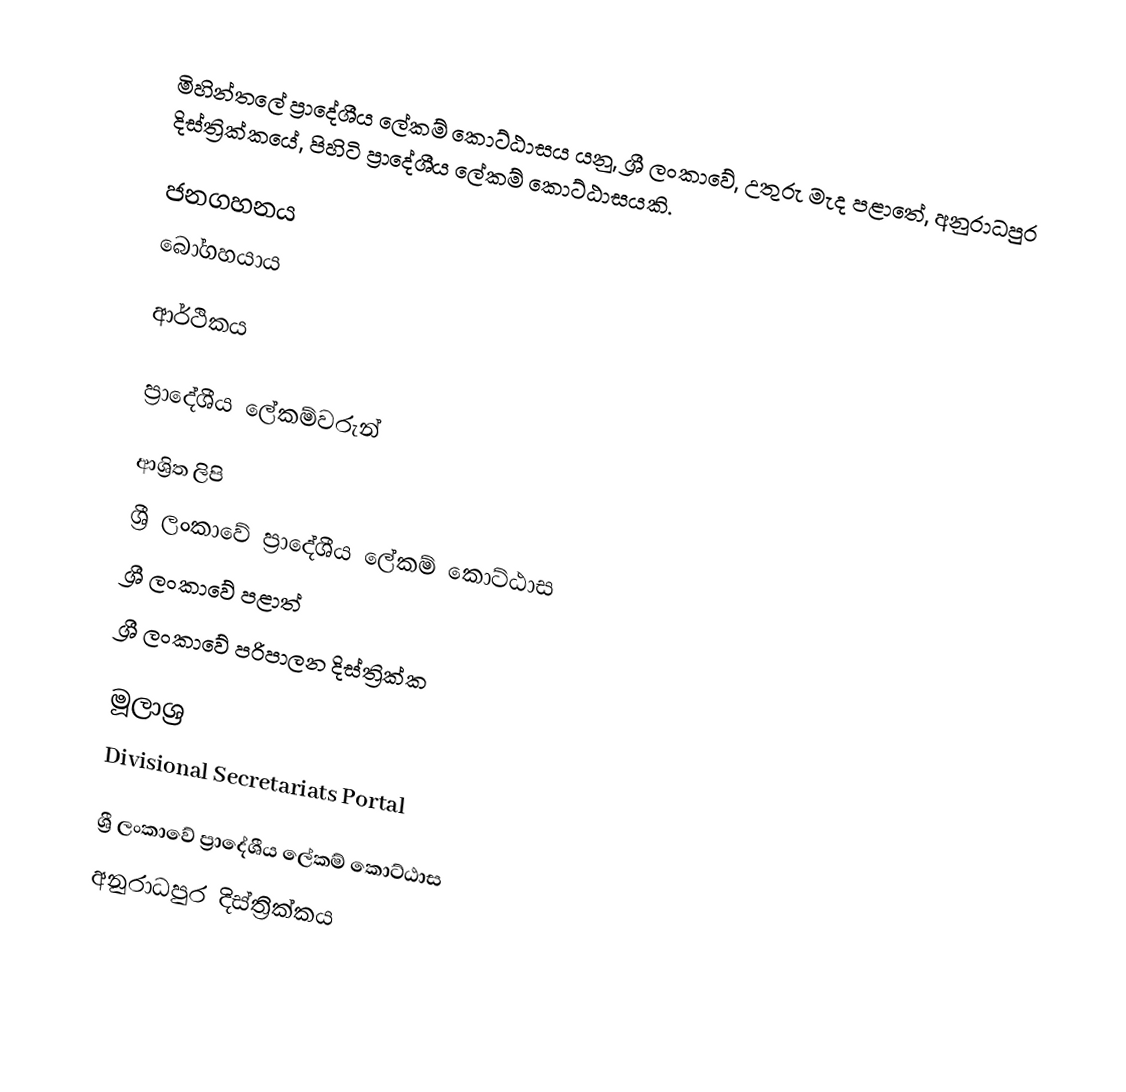
මිහින්තලේ ප්‍රාදේශීය ලේකම් කොට්ඨාසය යනු,  ශ්‍රී ලංකාවේ,  උතුරු මැද පළාතේ,   අනුරාධපුර දිස්ත්‍රික්කයේ, පිහිටි ප්‍රාදේශීය ලේකම් කොට්ඨාසයකි.

ජනගහනය
බෝගහයාය

ආර්ථිකය

ප්‍රාදේශීය ලේකම්වරුන්

ආශ්‍රිත ලිපි
ශ්‍රී ලංකාවේ ප්‍රාදේශීය ලේකම් කොට්ඨාස
ශ්‍රී ලංකාවේ පළාත්
ශ්‍රී ලංකාවේ පරිපාලන දිස්ත්‍රික්ක

මූලාශ්‍ර
 Divisional Secretariats Portal

ශ්‍රී ලංකාවේ ප්‍රාදේශීය ලේකම් කොට්ඨාස
අනුරාධපුර දිස්ත්‍රික්කය